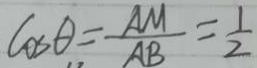
\cos \theta = \frac { A M } { A B } = \frac { 1 } { 2 }